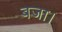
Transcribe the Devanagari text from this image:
बजा।